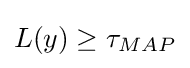
L(y)\geq \tau _{MAP}